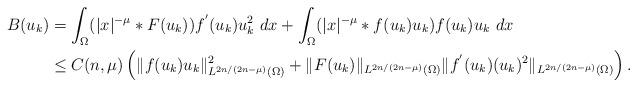
LaTeX: \begin{align*} B(u_k)&=\int_{\Omega}(|x|^{-\mu}*F(u_k))f^{'}(u_k) u_k^2 ~dx +\int_{\Omega} (|x|^{-\mu}*f(u_k)u_k)f(u_k)u_k ~dx\\ &\leq C(n, \mu) \left(\|f(u_k)u_k\|^2_{L^{2n/(2n-\mu)}(\Omega)} + \|F(u_k)\|_{L^{2n/(2n-\mu)}(\Omega)} \|f^{'}(u_k) (u_k)^2\|_{L^{2n/(2n-\mu)}(\Omega)}\right). \end{align*}